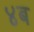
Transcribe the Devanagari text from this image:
४ब